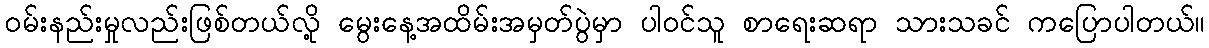
ဝမ်းနည်းမှုလည်းဖြစ်တယ်လို့ မွေးနေ့အထိမ်းအမှတ်ပွဲမှာ ပါဝင်သူ စာရေးဆရာ သားသခင် ကပြောပါတယ်။